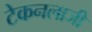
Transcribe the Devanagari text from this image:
टेकनलाजी